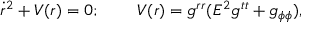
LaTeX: \dot { r } ^ { 2 } + V ( r ) = 0 ; \; \; \; \; \; \; \; \; V ( r ) = g ^ { r r } ( E ^ { 2 } g ^ { t t } + g _ { \phi \phi } ) ,